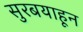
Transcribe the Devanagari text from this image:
सुरबयाहून